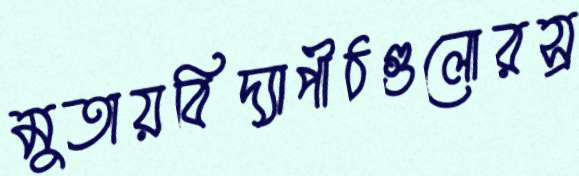
মুতায়বিদ্যাপীঠগুলোরস্র